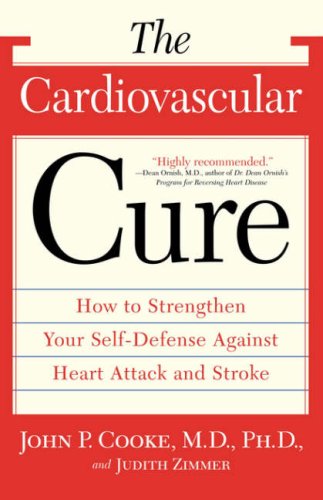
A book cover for The Cardiovascular Cure: How to Strengthen Your Self Defense Against Heart Attack and Stroke; John Cooke MD  Ph.D.; Health, Fitness & Dieting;